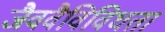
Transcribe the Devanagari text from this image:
जैववैविविधता